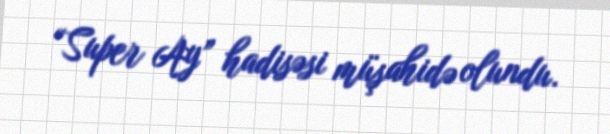
“Super Ay” hadisəsi müşahidə olundu.